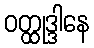
ဝတ္ထုဒ္ဒါနေ